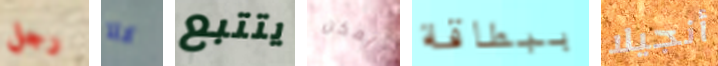
رجل كلا يتتبع يمكن ببطاقة أنجيلا